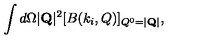
\int d \Omega | { \bf Q } | ^ { 2 } [ B ( k _ { i } , Q ) ] _ { Q ^ { 0 } = | { \bf Q } | } ,